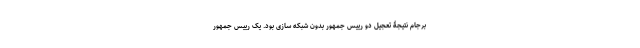
برجام نتیجۀ تعجیل دو رییس جمهور بدون شبکه سازی بود. یک رییس جمهور